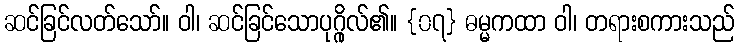
ဆင်ခြင်လတ်သော်။ ဝါ၊ ဆင်ခြင်သောပုဂ္ဂိုလ်၏။ {၀၇} ဓမ္မကထာ ဝါ၊ တရားစကားသည်